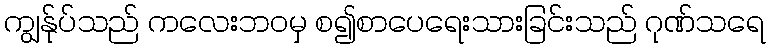
ကျွန်ုပ်သည် ကလေးဘဝမှ စ၍စာပေရေးသားခြင်းသည် ဂုဏ်သရေ